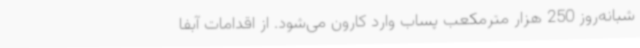
شبانه‌روز 250 هزار مترمکعب پساب وارد کارون می‌شود. از اقدامات آبفا